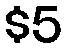
$5